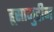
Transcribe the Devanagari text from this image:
हूसामुद्दीन